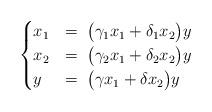
LaTeX: \begin{align*}\begin{cases}x_{1} & =\;\bigl(\gamma_{1}x_{1}+\delta_{1}x_{2}\bigr)y\\x_{2} & =\;\bigl(\gamma_{2}x_{1}+\delta_{2}x_{2}\bigr)y\\y & =\;\bigl(\gamma x_{1}+\delta x_{2}\bigr)y\end{cases}\end{align*}